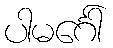
ပါမင်္ဂေါ